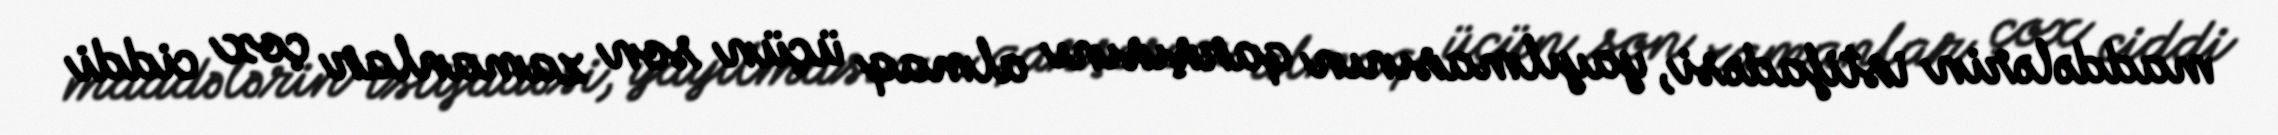
maddələrin istifadəsi, yayılmasının qarşısını almaq üçün son zamanlar çox ciddi